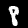
Label: 8